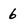
Character: 6